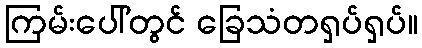
ကြမ်းပေါ်တွင် ခြေသံတရှပ်ရှပ်။